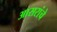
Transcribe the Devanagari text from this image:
आसरांचे